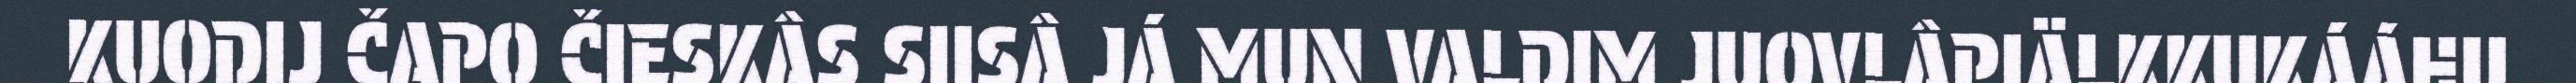
KUODIJ ČAPO ČIESKÂS SIISÂ JÁ MUN VALDIM JUOVLÂPIÄLKKUKÁÁHU.